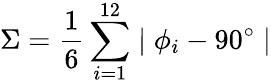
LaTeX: \Sigma=\frac{1}{6}\sum_{i=1}^{12}\mid\phi_{i}-90^{\circ}\mid